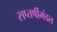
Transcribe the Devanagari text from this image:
सप्तर्षीमंडल